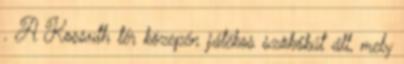
. A Kossuth tér közepén játékos szökőkút áll, mely